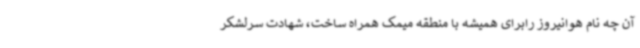
آن چه نام هوانیروز رابرای همیشه با منطقه میمک همراه ساخت، شهادت سرلشکر